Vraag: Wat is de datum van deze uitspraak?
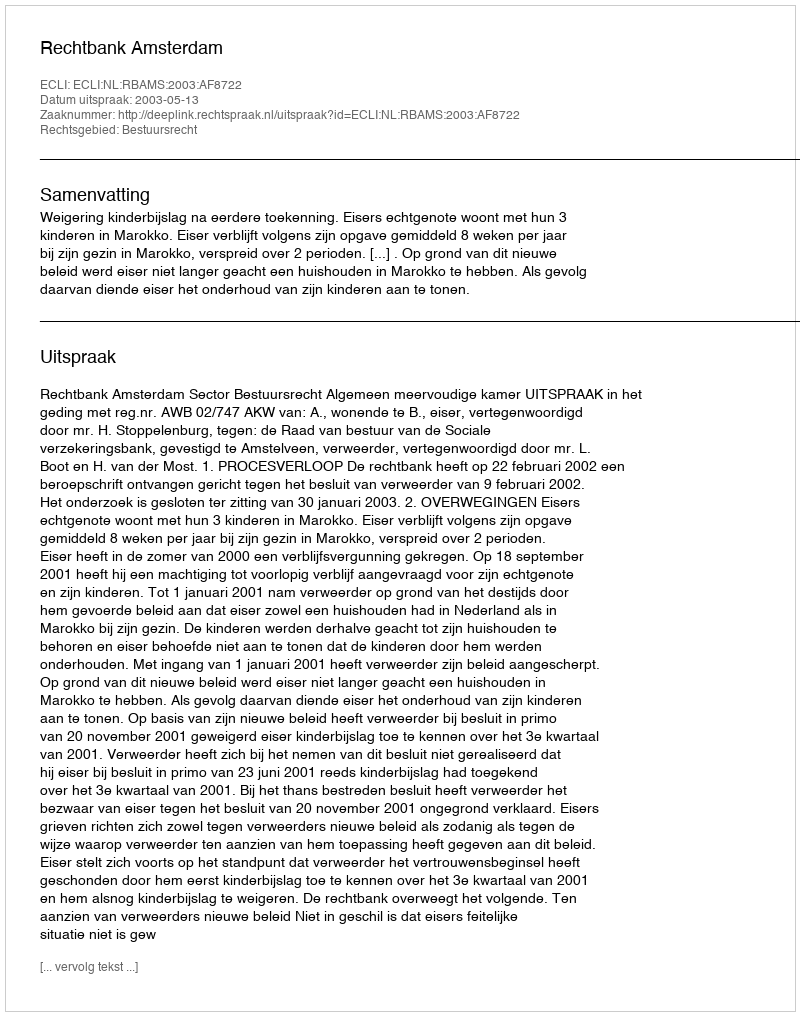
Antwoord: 2003-05-13